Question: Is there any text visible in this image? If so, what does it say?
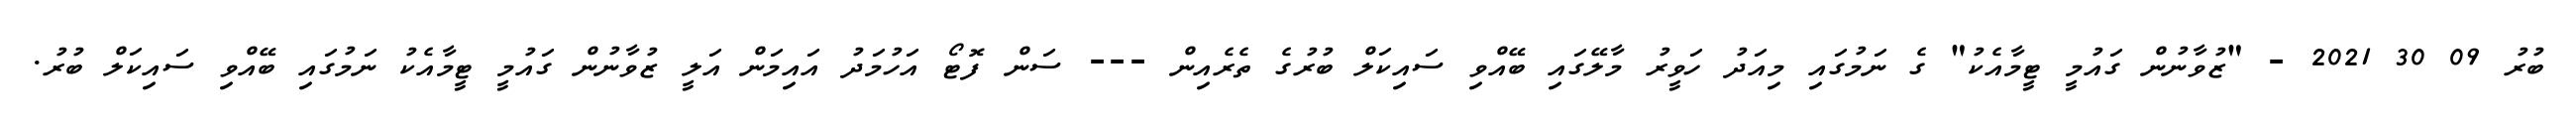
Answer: ބުރު 09 30 2021 - "ޒުވާނުން ގައުމީ ޓީމާއެކު" ގެ ނަމުގައި މިއަދު ހަވީރު މާލޭގައި ބޭއްވި ސައިކަލް ބުރުގެ ތެރެއިން --- ސަން ފޮޓޯ އަހުމަދު އައިމަން އަލީ ޒުވާނުން ގައުމީ ޓީމާއެކު ނަމުގައި ބޭއްވި ސައިކަލް ބުރު.